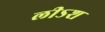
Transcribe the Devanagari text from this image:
लीऽश